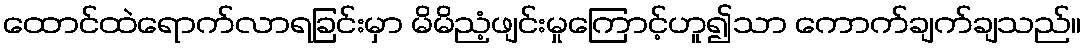
ထောင်ထဲရောက်လာရခြင်းမှာ မိမိညံ့ဖျင်းမှုကြောင့်ဟူ၍သာ ကောက်ချက်ချသည်။